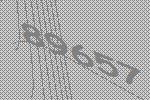
89657